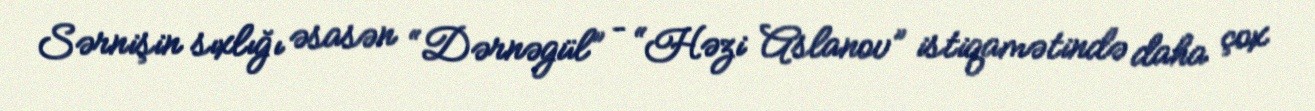
Sərnişin sıxlığı əsasən “Dərnəgül” – “Həzi Aslanov” istiqamətində daha çox